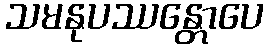
သမနုပဿန္တောပေ